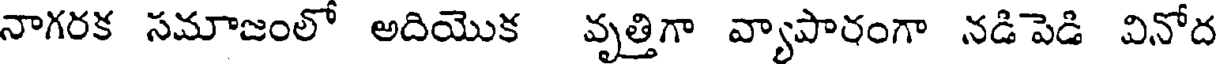
నాగరక సమాజంలో అదియొక వృత్తిగా వ్యాపారంగా నడిపెడి వినోద